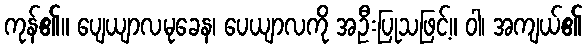
ကုန်၏။ ပျေယျာလမုခေန၊ ပေယျာလကို အဦးပြုသဖြင့်။ ဝါ၊ အကျယ်၏